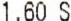
1.60 S